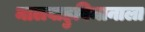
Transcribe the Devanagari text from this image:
मालवाहुविमानाला